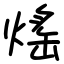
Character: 熎